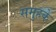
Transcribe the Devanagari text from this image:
समुहके